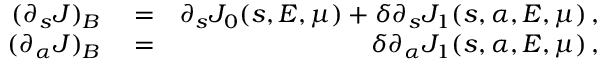
\begin{array} { r l r } { ( \partial _ { s } J ) _ { B } } & { { } = } & { \partial _ { s } J _ { 0 } ( s , { \cal E } , \mu ) + \delta \partial _ { s } J _ { 1 } ( s , \alpha , { \cal E } , \mu ) \, , } \\ { ( \partial _ { \alpha } J ) _ { B } } & { { } = } & { \delta \partial _ { \alpha } J _ { 1 } ( s , \alpha , { \cal E } , \mu ) \, , } \end{array}